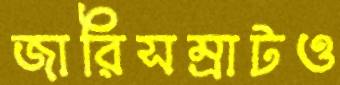
জারিসম্রাটও